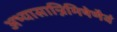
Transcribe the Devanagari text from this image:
अभ्यासान्निमिषेणैवं